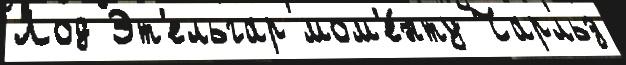
Лод Эт'ельгар мом'е́нту Чарльз